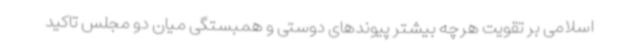
اسلامی بر تقویت هرچه بیشتر پیوندهای دوستی و همبستگی میان دو مجلس تاکید